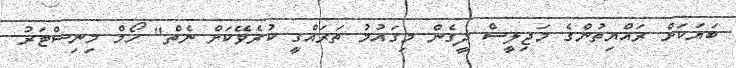
ބަޔަކަށް ރައްޔިތުންގެ މަޖިލީސް ދީގެން މިގައުމު ތަރައްގީ ކުރެވޭކަށް ނެތް" ހޯމް މިނިސްޓަރު